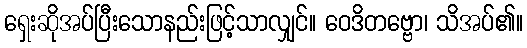
ရှေးဆိုအပ်ပြီးသောနည်းဖြင့်သာလျှင်။ ဝေဒိတဗ္ဗော၊ သိအပ်၏။